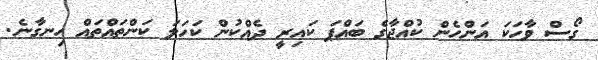
ގޯސް ވާހަކަ އަންހެން ކުއްޖާގެ ބައްޕަ ކައިރީ ދެއްކުން ކަހަލަ ކަންތައްތައް ހިނގާނެ.